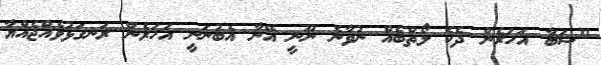
"ޝަބާ އަހަރެން ދެކެ ލޯތްބެއް ނުވާނެ ނޫނީ އޭނާ އެބުނަނީ އަހަރެން ރަނގަޅުވެއްޖެއްޔާ